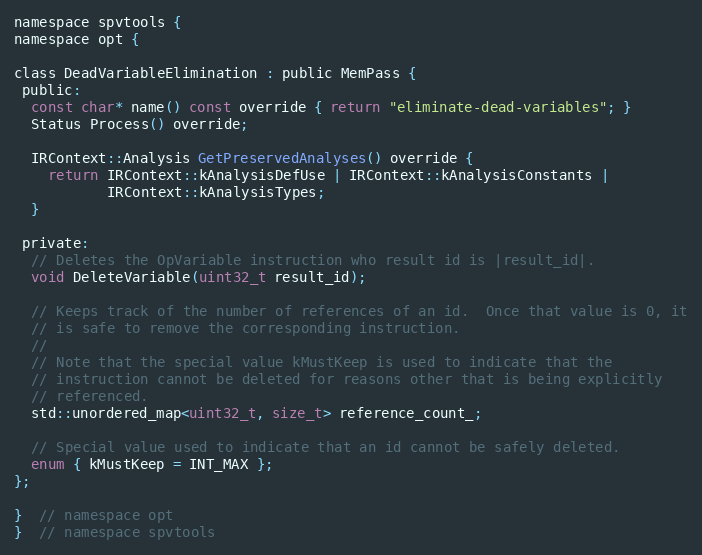
Language: C
namespace spvtools {
namespace opt {

class DeadVariableElimination : public MemPass {
 public:
  const char* name() const override { return "eliminate-dead-variables"; }
  Status Process() override;

  IRContext::Analysis GetPreservedAnalyses() override {
    return IRContext::kAnalysisDefUse | IRContext::kAnalysisConstants |
           IRContext::kAnalysisTypes;
  }

 private:
  // Deletes the OpVariable instruction who result id is |result_id|.
  void DeleteVariable(uint32_t result_id);

  // Keeps track of the number of references of an id.  Once that value is 0, it
  // is safe to remove the corresponding instruction.
  //
  // Note that the special value kMustKeep is used to indicate that the
  // instruction cannot be deleted for reasons other that is being explicitly
  // referenced.
  std::unordered_map<uint32_t, size_t> reference_count_;

  // Special value used to indicate that an id cannot be safely deleted.
  enum { kMustKeep = INT_MAX };
};

}  // namespace opt
}  // namespace spvtools